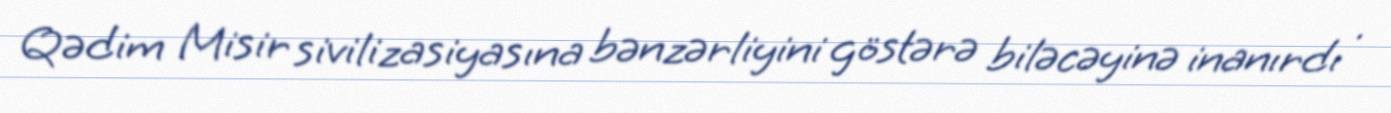
Qədim Misir sivilizasiyasına bənzərliyini göstərə biləcəyinə inanırdı .